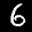
Label: 6